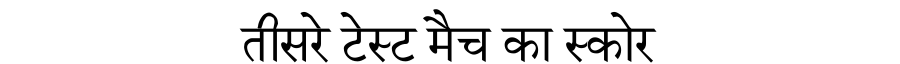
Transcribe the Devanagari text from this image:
तीसरे टेस्ट मैच का स्कोर